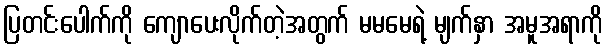
ပြတင်းပေါက်ကို ကျောပေးလိုက်တဲ့အတွက် မမမေရဲ့ မျက်နှာ အမူအရာကို